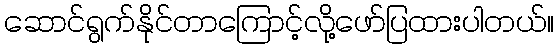
ဆောင်ရွက်နိုင်တာကြောင့်လို့ဖော်ပြထားပါတယ်။